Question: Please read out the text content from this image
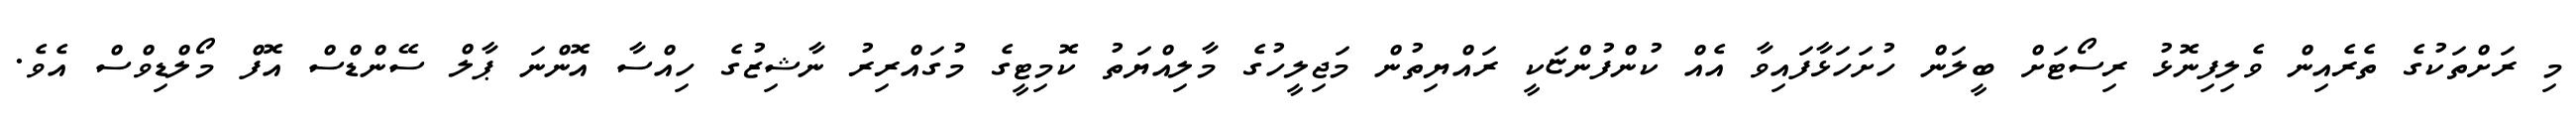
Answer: މި ރަށްތަކުގެ ތެރެއިން ވެލިފިނޮޅު ރިސޯޓަށް ބީލަން ހުށަހަޅާފައިވާ އެއް ކުންފުންޏަކީ ރައްޔިތުން މަޖިލީހުގެ މާލިއްޔަތު ކޮމިޓީގެ މުގައްރިރު ނާޝިޒުގެ ހިއްސާ އޮންނަ ޕާލް ސޭންޑްސް އޮފް މޯލްޑިވްސް އެވެ.